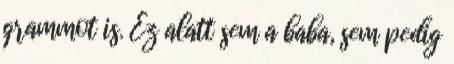
grammot is. Ez alatt sem a baba, sem pedig